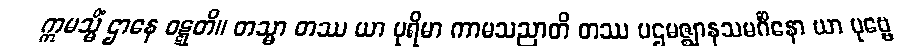
ဣမသ္မိံ ဌာနေ ဝဋ္ဋတိ။ တသ္မာ တဿ ယာ ပုရိမာ ကာမသညာတိ တဿ ပဌမဇ္ဈာနသမင်္ဂိနော ယာ ပုဗ္ဗေ